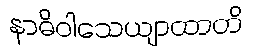
နာဓိဝါသေယျာထာတိ